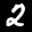
Digit: 2